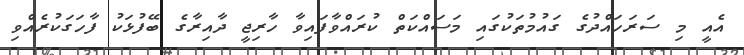
އެއީ މި ސަރަހައްދުގެ ގައުމުތަކުގައި މަސައްކަތް ކުރައްވާފައިވާ ހާރިޖީ ދާއިރާގެ ބޭފުޅަކު ފާހަގަކުރެއްވި